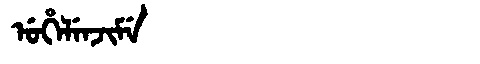
Manchu: ᡠᡥᡝᠯᡝᠨᠵᡳᠮᡝ
Romanization: UHELENJIME